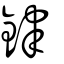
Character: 銉